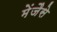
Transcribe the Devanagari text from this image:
मेंजैसे